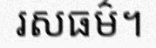
រសធម៌។